Source: Handwritten
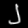
Digit: ၂ (2)